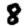
Digit: 8